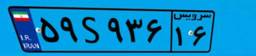
۵۵S۳۳۱۷۰